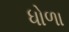
ધોળા